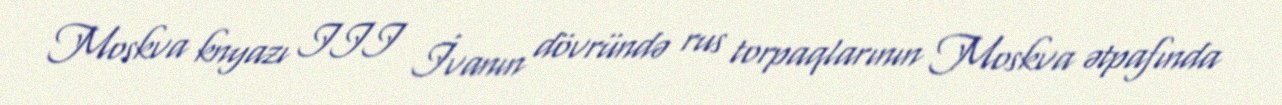
Moskva knyazı III İvanın dövründə rus torpaqlarının Moskva ətpafında